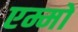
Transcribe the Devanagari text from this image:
एम्मो